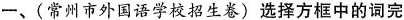
一、(常州市外国语学校招生卷)选择方框中的词完